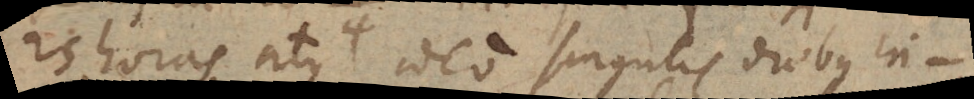
25 horas atque ideo singulis diebus in-